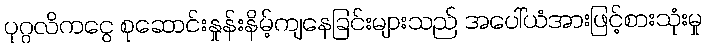
ပုဂ္ဂလိကငွေ စုဆောင်းနှုန်းနိမ့်ကျနေခြင်းများသည် အပေါ်ယံအားဖြင့်စားသုံးမှု